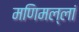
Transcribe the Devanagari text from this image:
मणिमल्लां